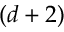
( d + 2 )